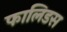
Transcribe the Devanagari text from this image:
फालिडस